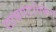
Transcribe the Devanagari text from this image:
ताम्रपटांवरून